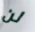
لن